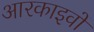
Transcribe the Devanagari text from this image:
आरकाइवों